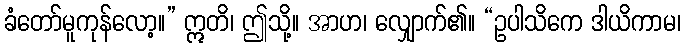
ခံတော်မူကုန်လော့။” ဣတိ၊ ဤသို့။ အာဟ၊ လျှောက်၏။ “ဥပါသိကေ ဒါယိကာမ၊